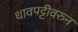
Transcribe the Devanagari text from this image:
धावपट्टीवरुन